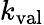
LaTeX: k_{\mathrm{val}}